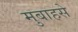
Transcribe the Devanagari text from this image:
मुबाहसे